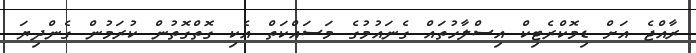
ރާއްޖެ އަށް ޑިމޮކްރެޓިކް އިސްލާހުތައް ގެނައުމުގެ މަސައްކަތް އެކި ގޮތްގޮތުން ކުރަމުން ގެންދިޔަ